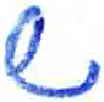
אות: ש